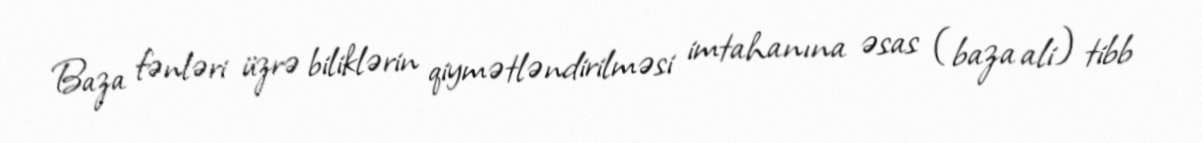
Baza fənləri üzrə biliklərin qiymətləndirilməsi imtahanına əsas (baza ali) tibb